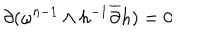
{ \partial } ( \omega ^ { n - 1 } \wedge h ^ { - 1 } \overline { { { \partial } } } h ) = 0